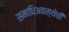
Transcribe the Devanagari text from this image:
समाधिअवस्थेची